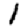
Digit: 1